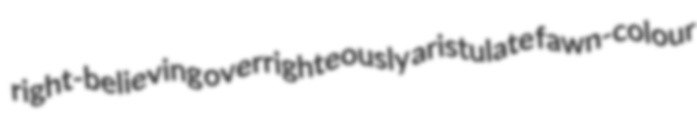
right-believing overrighteously aristulate fawn-colour